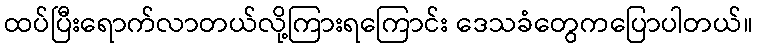
ထပ်ပြီးရောက်လာတယ်လို့ကြားရကြောင်း ဒေသခံတွေကပြောပါတယ်။